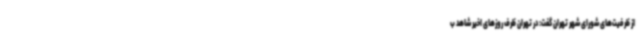
از ظرفیت‌های شورای شهر تهران گفت: در تهران ظرف روزهای اخیر شاهد ب